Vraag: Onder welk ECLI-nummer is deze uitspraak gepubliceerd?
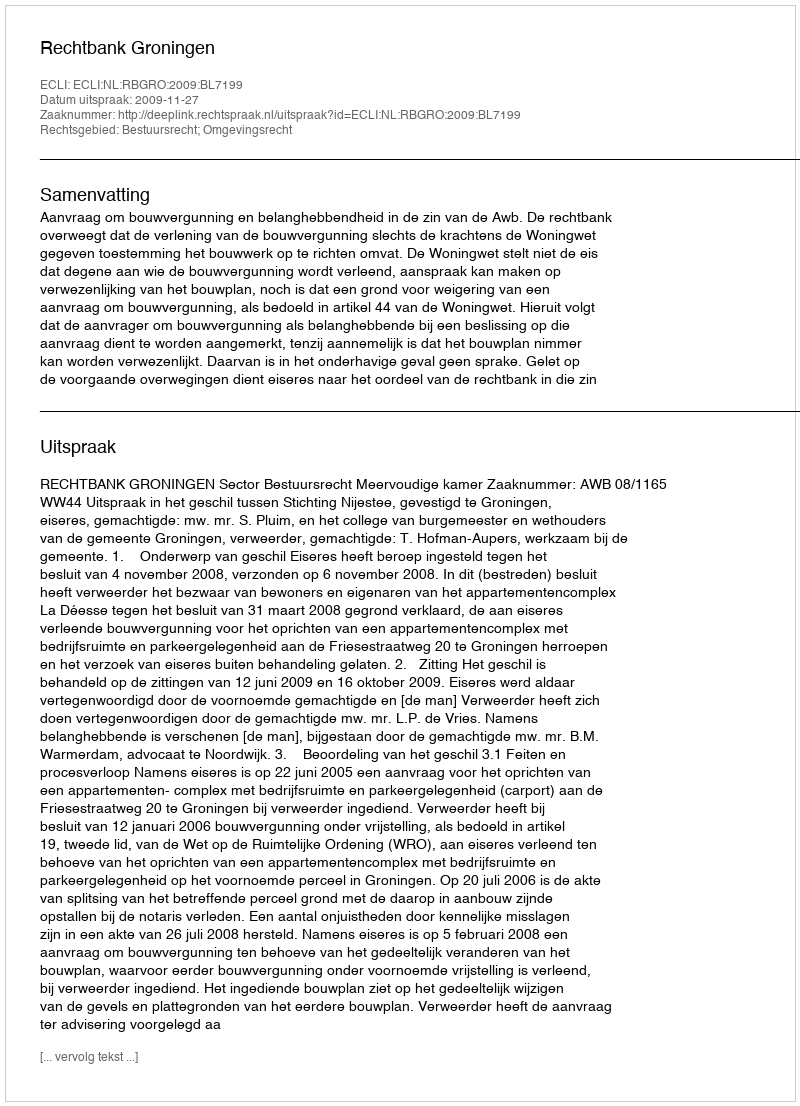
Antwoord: ECLI:NL:RBGRO:2009:BL7199